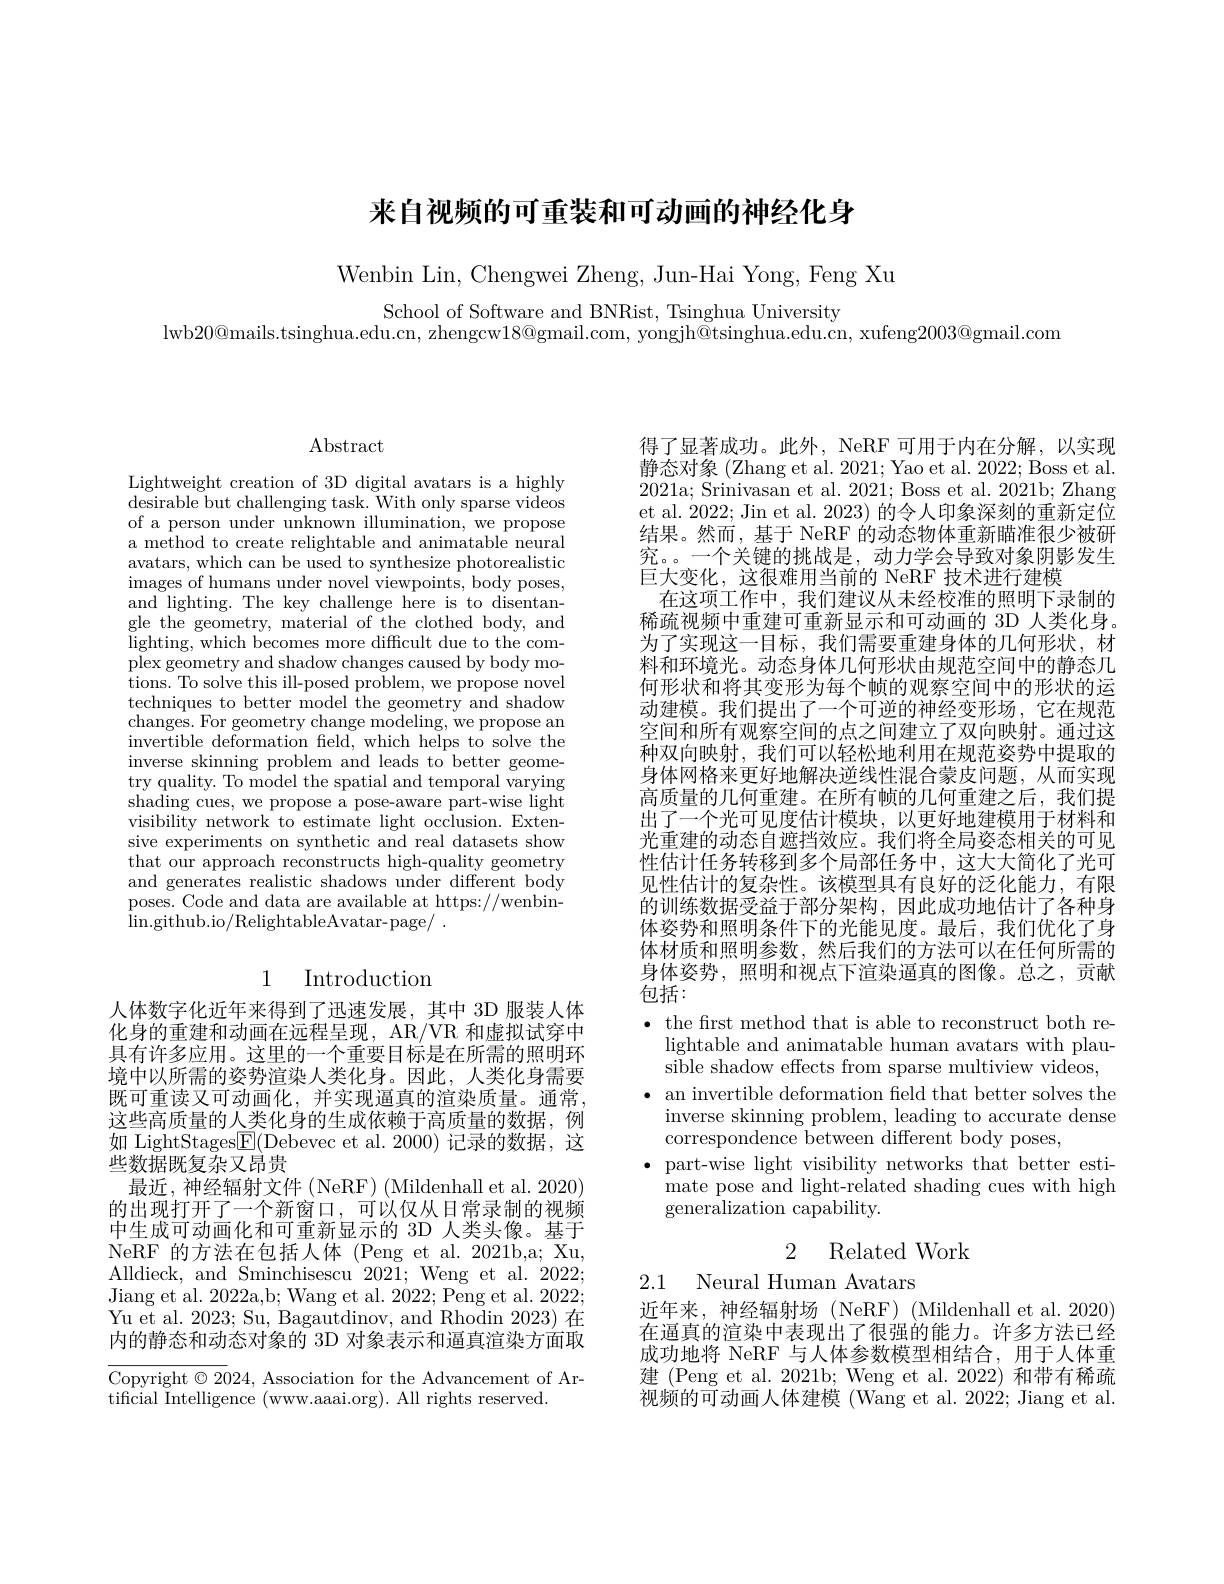
来自视频的可重装和可动画的神经化身

Wenbin Lin, Chengwei Zheng, Jun-Hai Yong, Feng Xu

School of Software and BNRist, Tsinghua University
lwb20@mails.tsinghua.edu.cn, zhengcw$18@$gmail.com, yongjh@tsinghua.edu.cn, xufeng$2003@$gmail.com

$\operatorname{Abstract}$

Lightweight creation of 3D digital avatars is a highly desirable but challenging task. With only sparse videos of a person under unknown illumination, we propose a method to create relightable and animatable neural avatars, which can be used to synthesize photorealistic images of humans under novel viewpoints, body poses, and lighting. The key challenge here is to disentangle the geometry, material of the clothed body, and lighting, which becomes more difficult due to the com- plex geometry and shadow changes caused by body motions. To solve this ill-posed problem, we propose novel techniques to better model the geometry and shadow changes. For geometry change modeling, we propose an invertible deformation field, which helps to solve the inverse skinning problem and leads to better geometry quality. To model the spatial and temporal varying shading cues, we propose a pose-aware part-wise light visibility network to estimate light occlusion. Extensive experiments on synthetic and real datasets show that our approach reconstructs high-quality geometry and generates realistic shadows under different body poses. Code and data are available at https://wenbin- $\operatorname* { lin. github. io/ RelightableAvatar- page/ }$ .

## 1 Introduction

人体数字化近年来得到了迅速发展，其中 3D 服装人体化身的重建和动画在远程呈现，AR/VR 和虚拟试穿中具有许多应用。这里的一个重要目标是在所需的照明环境中以所需的姿势渲染人类化身。因此，人类化身需要既可重读又可动画化，并实现逼真的渲染质量。通常， 这些高质量的人类化身的生成依赖于高质量的数据，例如 LightStages$\underline{\mathrm{F}}($Debevec et al.2000)记录的数据，这些数据既复杂又昂贵
最近，神经辐射文件(NeRF)(Mildenhall et al. 2020) 的出现打开了一个新窗口，可以仅从日常录制的视频中生成可动画化和可重新显示的 3D 人类头像。基于NeRF 的方法在包括人体 (Peng et al.2021b,a; Xu, Alldieck, and Sminchisescu 2021; Weng et al. 2022; Jiang et al. 2022a,b; Wang et al. 2022; Peng et al. 2022; Yu et al. 2023; Su, Bagautdinov, and Rhodin 2023) 在内的静态和动态对象的 3D 对象表示和逼真渲染方面取

Copyright $\odot2024$, Association for the Advancement of Ar-
tificial Intelligence (www.aaai.org). All rights reserved.

得了显著成功。此外，NeRF 可用于内在分解，以实现静态对象 (Zhang et al. 2021; Yao et al. 2022; Boss et al. 2021a; Srinivasan et al. 2021; Boss et al. 2021b; Zhang et al. 2022; Jin et al. 2023) 的令人印象深刻的重新定位结果。然而，基于 NeRF 的动态物体重新瞄准很少被研究。。一个关键的挑战是，动力学会导致对象阴影发生巨大变化，这很难用当前的 NeRF 技术进行建模
在这项工作中，我们建议从未经校准的照明下录制的稀疏视频中重建可重新显示和可动画的 3D 人类化身。为了实现这一目标，我们需要重建身体的几何形状，材料和环境光。动态身体几何形状由规范空间中的静态几何形状和将其变形为每个帧的观察空间中的形状的运动建模。我们提出了一个可逆的神经变形场，它在规范空间和所有观察空间的点之间建立了双向映射。通过这种双向映射，我们可以轻松地利用在规范姿势中提取的身体网格来更好地解决逆线性混合蒙皮问题，从而实现高质量的几何重建。在所有帧的几何重建之后，我们提出了一个光可见度估计模块，以更好地建模用于材料和光重建的动态自遮挡效应。我们将全局姿态相关的可见性估计任务转移到多个局部任务中，这大大简化了光可见性估计的复杂性。该模型具有良好的泛化能力，有限的训练数据受益于部分架构，因此成功地估计了各种身体姿势和照明条件下的光能见度。最后，我们优化了身体材质和照明参数，然后我们的方法可以在任何所需的身体姿势，照明和视点下渲染逼真的图像。总之，贡献包括：

$\bullet$ the first method that is able to reconstruct both re-
lightable and animatable human avatars with plausible shadow effects from sparse multiview videos,
$\bullet$ an invertible deformation field that better solves the
inverse skinning problem, leading to accurate dense
correspondence between different body poses,
$\bullet$ part-wise light visibility networks that better esti-
mate pose and light-related shading cues with high
$\bar{\text{generalization capability}}.$

2 Related Work

2.1 Neural Human Avatars

近年来，神经辐射场(NeRF)(Mildenhall et al.2020) 在逼真的渲染中表现出了很强的能力。许多方法已经成功地将 NeRF 与人体参数模型相结合，用于人体重建 (Peng et al. 2021b; Weng et al. 2022) 和带有稀疏视频的可动画人体建模 (Wang et al. 2022; Jiang et al.